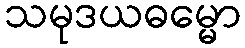
သမုဒယဓမ္မော